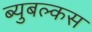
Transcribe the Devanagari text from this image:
ब्युबल्कस